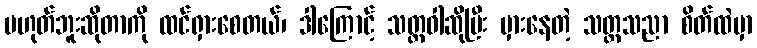
မဟုတ်ဘူးဆိုတာကို ထင်ရှားစေတယ်၊ ဒါကြောင့် သတ္တဝါဆိုပြီး မှားနေတဲ့ သတ္တသညာ စိတ်ထဲမှာ